Indian journal of veterinary science and animal husbandry - Volume 6,
Year: 1936
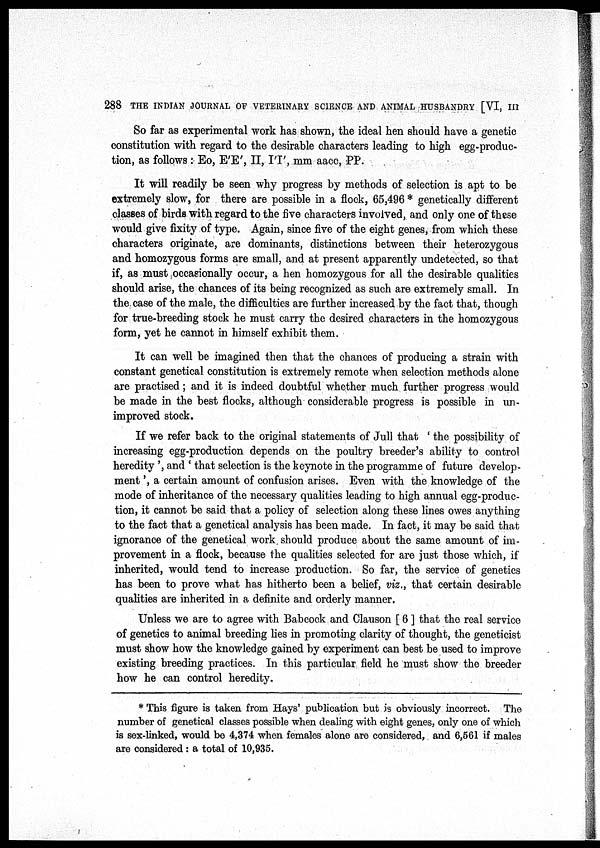
288 THE INDIAN JOURNAL OF VETERINARY SCIENCE AND ANIMAL HUSBANDRY [VI, III
So far as experimental work has shown, the ideal hen should have a genetic
constitution with regard to the desirable characters leading to high egg-produc-
tion, as follows : Eo, E'E', II, I'I', mm aacc, PP.
It will readily be seen why progress by methods of selection is apt to be
extremely slow, for there are possible in a flock, 65,496 * genetically different
classes of birds with regard to the five characters involved, and only one of these
would give fixity of type. Again, since five of the eight genes, from which these
characters originate, are dominants, distinctions between their heterozygous
and homozygous forms are small, and at present apparently undetected, so that
if, as must occasionally occur, a hen homozygous for all the desirable qualities
should arise, the chances of its being recognized as such are extremely small. In
the case of the male, the difficulties are further increased by the fact that, though
for true-breeding stock he must carry the desired characters in the homozygous
form, yet he cannot in himself exhibit them.
It can well be imagined then that the chances of producing a strain with
constant genetical constitution is extremely remote when selection methods alone
are practised; and it is indeed doubtful whether much further progress would
be made in the best flocks, although considerable progress is possible in un-
improved stock.
If we refer back to the original statements of Jull that ' the possibility of
increasing egg-production depends on the poultry breeder's ability to control
heredity ', and ' that selection is the keynote in the programme of future develop-
ment ', a certain amount of confusion arises. Even with the knowledge of the
mode of inheritance of the necessary qualities leading to high annual egg-produc-
tion, it cannot be said that a policy of selection along these lines owes anything
to the fact that a genetical analysis has been made. In fact, it may be said that
ignorance of the genetical work should produce about the same amount of im-
provement in a flock, because the qualities selected for are just those which, if
inherited, would tend to increase production. So far, the service of genetics
has been to prove what has hitherto been a belief, viz., that certain desirable
qualities are inherited in a definite and orderly manner.
Unless we are to agree with Babcock and Clauson [ 6 ] that the real service
of genetics to animal breeding lies in promoting clarity of thought, the geneticist
must show how the knowledge gained by experiment can best be used to improve
existing breeding practices. In this particular field he must show the breeder
how he can control heredity.
* This figure is taken from Hays' publication but is obviously incorrect. The
number of genetical classes possible when dealing with eight genes, only one of which
is sex-linked, would be 4,374 when females alone are considered, and 6,561 if males
are considered: a total of 10,935.